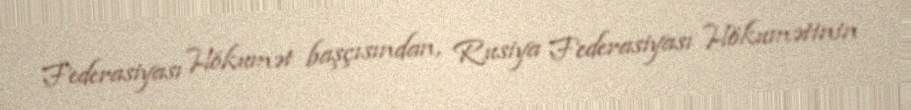
Federasiyası Hökumət başçısından, Rusiya Federasiyası Hökumətinin